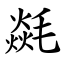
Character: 㲭